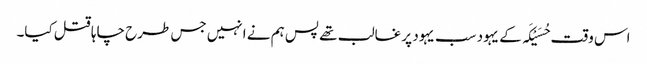
اس وقت حُسَیْکَہ کے یہود سب یہود پر غالب تھے پس ہم نے انہیں جس طرح چاہا قتل کیا۔